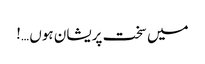
میں سخت پریشان ہوں …!